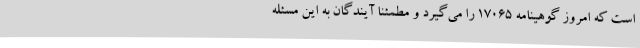
است که امروز گوهینامه 17065 را می‌گیرد و مطمئنا آیندگان به این مسئله